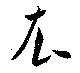
衣